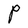
Character: P